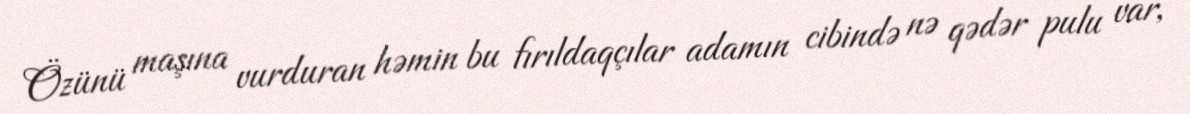
Özünü maşına vurduran həmin bu fırıldaqçılar adamın cibində nə qədər pulu var,